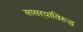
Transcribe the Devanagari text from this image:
सासऱ्यांविरुद्ध